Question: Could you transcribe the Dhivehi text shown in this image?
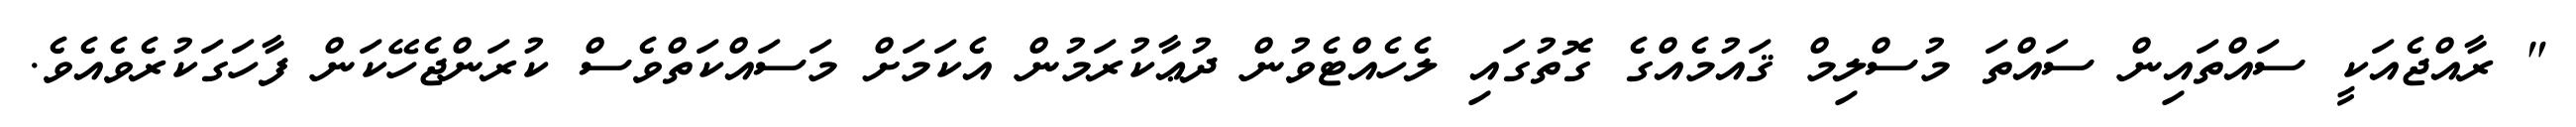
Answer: " ރާއްޖެއަކީ ސައްތައިން ސައްތަ މުސްލިމް ޤައުމެއްގެ ގޮތުގައި ލެހެއްޓެވުން ދުޢާކުރަމުން އެކަމަށް މަސައްކަތްވެސް ކުރަންޖެހޭކަން ފާހަގަކުރެވެއެވެ.